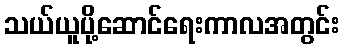
သယ်ယူပို့ဆောင်ရေးကာလအတွင်း